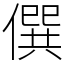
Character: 僎